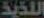
اللذيذ